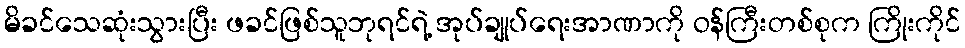
မိခင်သေဆုံးသွားပြီး ဖခင်ဖြစ်သူဘုရင်ရဲ့ အုပ်ချုပ်ရေးအာဏာကို ဝန်ကြီးတစ်စုက ကြိုးကိုင်